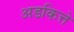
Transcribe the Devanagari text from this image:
अडकित्ते